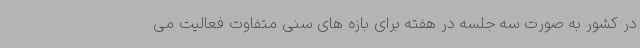
در کشور به صورت سه جلسه در هفته برای بازه های سنی متفاوت فعالیت می